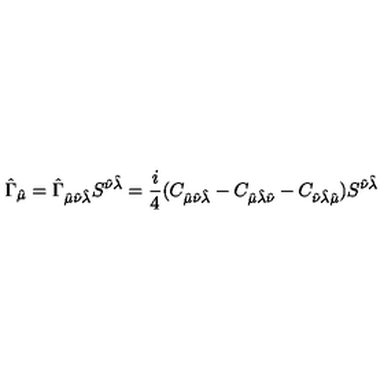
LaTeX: \hat { \Gamma } _ { \hat { \mu } } = \hat { \Gamma } _ { \hat { \mu } \hat { \nu } \hat { \lambda } } S ^ { \hat { \nu } \hat { \lambda } } = \frac { i } { 4 } ( C _ { \hat { \mu } \hat { \nu } \hat { \lambda } } - C _ { \hat { \mu } \hat { \lambda } \hat { \nu } } - C _ { \hat { \nu } \hat { \lambda } \hat { \mu } } ) S ^ { \hat { \nu } \hat { \lambda } }